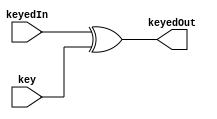
`timescale 1ns / 1ps
//////////////////////////////////////////////////////////////////////////////////
// Company: 
// Engineer: 
// 
// Design Name: 
// Module Name:    addKey 
// Project Name: 
// Target Devices: 
// Tool versions: 
// Description: 
//
// Dependencies: 
//
// Revision: 
// Revision 0.01 - File Created
// Additional Comments: 
//
//////////////////////////////////////////////////////////////////////////////////
module addKey(
    output [127:0] keyedOut,
    input [127:0] keyedIn,
    input [127:0] key
    );

	 assign keyedOut = (keyedIn ^ key);

endmodule